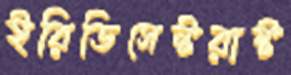
ইরিডিসেন্টরাষ্ট